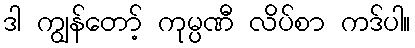
ဒါ ကျွန်တော့် ကုမ္ပဏီ လိပ်စာ ကဒ်ပါ။